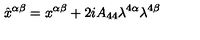
\hat { x } ^ { \alpha \beta } = x ^ { \alpha \beta } + 2 i A _ { 4 4 } \lambda ^ { 4 \alpha } \lambda ^ { 4 \beta }